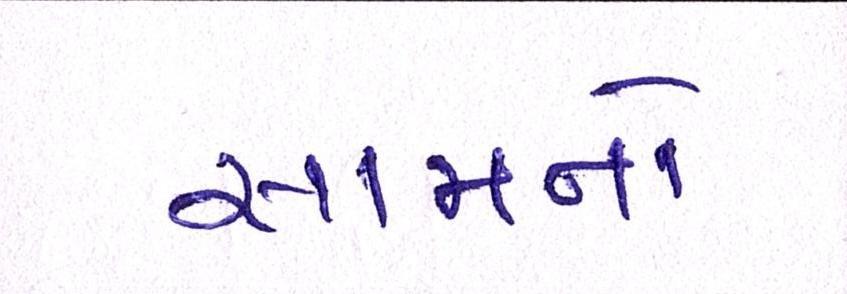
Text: સામનો